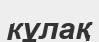
кұлақ